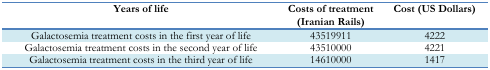
| Years of life | Costs of treatment (Iranian Rails) | Cost (US Dollars) |
 | --- | --- | --- |
 | Galactosemia treatment costs in the first year of life | 43519911 | 4222 |
 | Galactosemia treatment costs in the second year of life | 43510000 | 4221 |
 | Galactosemia treatment costs in the third year of life | 14610000 | 1417 |